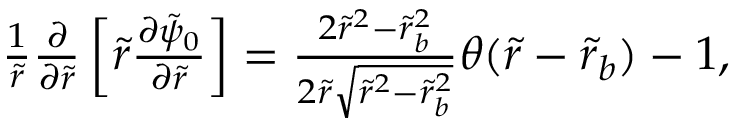
\begin{array} { r } { \frac { 1 } { \tilde { r } } \frac { \partial } { \partial \tilde { r } } \left[ \tilde { r } \frac { \partial \tilde { \psi } _ { 0 } } { \partial \tilde { r } } \right] = \frac { 2 \tilde { r } ^ { 2 } - \tilde { r } _ { b } ^ { 2 } } { 2 \tilde { r } \sqrt { \tilde { r } ^ { 2 } - \tilde { r } _ { b } ^ { 2 } } } \theta ( \tilde { r } - \tilde { r } _ { b } ) - 1 , } \end{array}